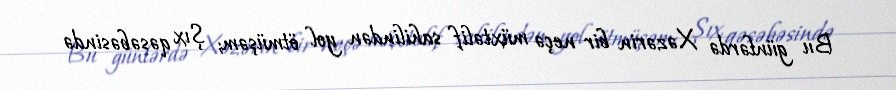
Bu günlərdə Xəzərin bir neçə müxtəlif sahilindən yol ötmüşəm; Şıx qəsəbəsində